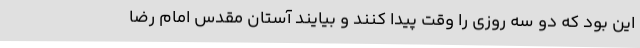
این بود که دو سه روزی را وقت پیدا کنند و بیایند آستان مقدس امام رضا